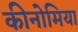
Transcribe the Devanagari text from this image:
कीनोमिया